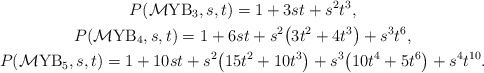
\begin{gather*}P({\cal M}{\rm YB}_3,s,t)= 1+3s t+s^2 t^3,\\P({\cal M}{\rm YB}_4,s,t)=1+6s t+s^2 \big(3t^2+4t^3\big)+s^3 t^6,\\P({\cal M}{\rm YB}_5,s,t)=1+10s t+s^2\big(15t^2+10t^3\big)+s^3\big(10t^4+5t^6\big)+s^4 t^{10}.\end{gather*}